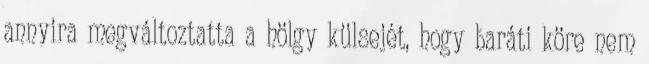
annyira megváltoztatta a hölgy külsejét, hogy baráti köre nem